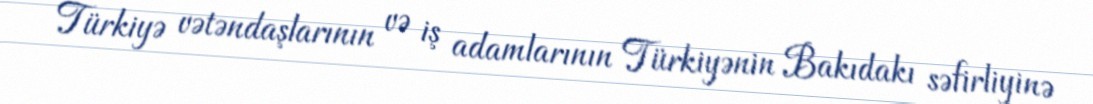
Türkiyə vətəndaşlarının və iş adamlarının Türkiyənin Bakıdakı səfirliyinə